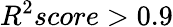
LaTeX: R^{2}score>0.9